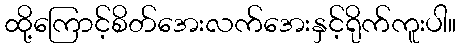
ထို့ကြောင့်စိတ်အေးလက်အေးနှင့်ရိုက်ကူးပါ။